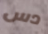
دس